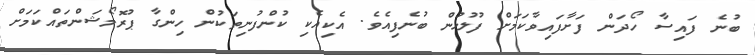
ބުނެ ފައިސާ ހޯދަން ފަށާފައިވާކަމަށް ފުލުހުން ބުނެފިއެވެ. އެކިއެކި ކުންފުނިތަކުން ހިންގާ ޕުރޮމޯޝަންތައްކަމަށް